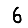
Digit: 6